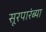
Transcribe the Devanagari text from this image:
सूरपारंब्या